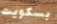
بسكويت